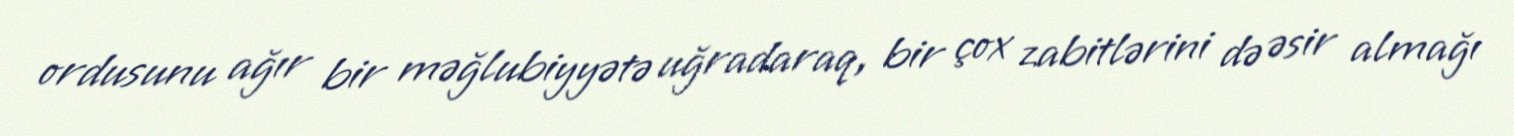
ordusunu ağır bir məğlubiyyətə uğradaraq, bir çox zabitlərini də əsir almağı